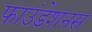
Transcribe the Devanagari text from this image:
फाउंडेशनस